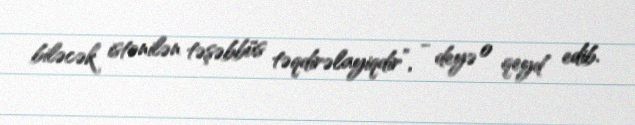
biləcək istənilən təşəbbüs təqdirəlayiqdir”, - deyə o qeyd edib.